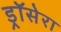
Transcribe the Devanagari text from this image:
ड्रॉसेरा